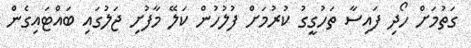
ގަތުމަށް ހޯދި ފައިސާ ތަހުގީގު ކުރުމަށް ފުލުހުން ކަލޭ މާފުށި ޖަލުގައި ބަައްޓައިގެން